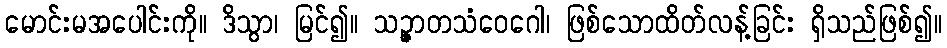
မောင်းမအပေါင်းကို။ ဒိသွာ၊ မြင်၍။ သဉ္ဇာတသံဝေဂေါ၊ ဖြစ်သောထိတ်လန့်ခြင်း ရှိသည်ဖြစ်၍။